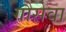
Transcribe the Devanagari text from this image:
गौसेवा